Medical and sanitary report of the native army of Bengal for the year
Year: 1875
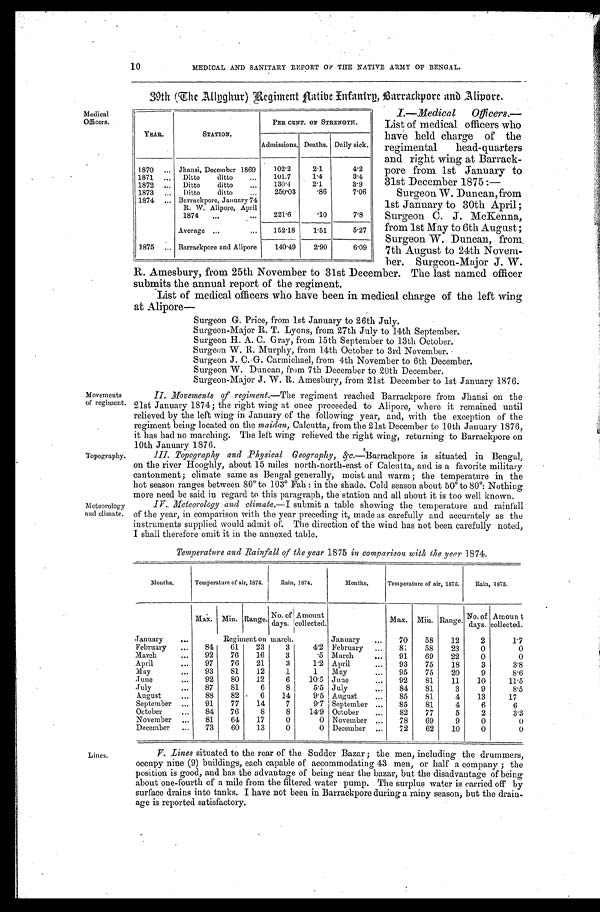
10
MEDICAL AND SANITARY REPORT OF THE NATIVE ARMY OF BENGAL.
39th (The Allpghur) Begiment Flatibe Fntanirp Barrackpore and Alipore.
Medical
Officers.
Movements
of regiment.
Topography.
Meteorology
and climate.
Lines.
I.—Medical Officers.—
List of medical officers who
have held charge of the
regimental head-quarters
and right wing at Barrack
-pore from 1st January to
31st December 1875:—
Surgeon W. Duncan, from
1st January to 30th April;
Surgeon C. J. McKenna,
from 1st May to 6th August;
Surgeon W. Duncan, from
7th August to 24th Novem
-ber. Surgeon-Major J. W.
R. Amesbury, from 25th November to 31st December. The last named officer
submits the annual report of the regiment.
List of medical officers who have been in medical charge of the left wing
at Alipore—
Surgeon G. Price, from 1st January to 26th July.
Surgeon-Major R. T. Lyons, from 27th July to 14th September.
Surgeon H. A. C. Gray, from 15th September to 13th October.
Surgeon W. R. Murphy, from 14th October to 3rd November.
Surgeon J. C. G-. Carmichael, from 4th November to 6th December.
Surgeon W. Duncan, from 7th December to 20th December.
Surgeon-Major J. W. R. Amesbury, from 21st December to 1st January 1876.
II. Movements of regiment.—The
regiment reached Barrackpore from Jhansi on the
21st January 1874; the right wing at once proceeded to Alipore, where it remained until
relieved by the left wing in January of the following year, and, with the exception of the
regiment being located on the m aidan, Calcutta, from the 21st December to 10th January 1876,
it has had no marching. The left wing relieved the right wing, returning to Barrackpore on
10th January 1876.
III. Topography and Physical Geography, &c .—Barrackpore is situated in Bengal,
on the river Hooghly, about 15 miles north-north-east of Calcutta, and is a favorite military
cantonment; climate same as Bengal generally, moist and warm; the temperature in the
hot season ranges between 80° to 103° Fah: in the shade. Cold season about 50° to 80°: Nothing
m o r e n e e d b e s a i d i n r e g a r d t o t h i s
p a r a g r a p h , t h e s t a t i o n a n d a l l a b o u t i t i s t o o w e l l k n o w n .
IV. Meteorology and climate.— I submit a table showing the temperature and rain
f a l l o f t h e y e a r , i n c o m p a r i s o n w i t h t h e y e a r p r e c e d i n g i t , m a d e a s c a r e f u l l y a n d a c c u r a t e l y a s t h e
instruments supplied would admit of. The direction of the wind has not been carefully noted,
I shall therefore omit it in the annexed table.
Temperature and Rainfall of the year 1875 in comparison with, the year 1874.
Mouths.
Temperature of air, 1874.
Rain, 1874.
Months,
Temperature of air, 1875.
Rain, 1875.
Max Min. Range.
N o . o f d a y s .
A m o u n t c o l l e c t e d .
J a n u a r y . . .
Max.
Min.
Range.
No. of
days.
Amount
collected.
January
. . .
Regiment on march.
January
. . .
70
58
12
2
1.7
February . . .
84
61
23
3
4.2
February . . .
8 1
58
23
0
0
March . . .
92
76
16
3
.5
March. . .
91
69
22
0
0
April . . .
97
76
21
3
1.2 April . . .
93
75
18
3
3.8
May
. . .
93
81
12
1
1
May. . .
95
75
20
9
8.6
June
. . .
92
80
12
6
10.5
June . . .
92
81
11
10
11.5
July . . .
87
81
6
8
5.5
J u l y . . .
84
81
3
9
8.5
August . . .
88
82
6
14
9.5
A u g u s t . . .
85
81
4
13
17
S e p t e m b e r . . .
91
77
14
7
9.7
September
. . .
85
81
4
6
6
October
. . .
84
76
8
8
14.9
October
. . .
82
77
5
2
3.3
November
. . .
81
64
17
0
0
November
. . .
78
69
9
0
0
December
. . .
73
60
13
0
0
December
. . .
72
62
10
0
0
V. Lines situated to the rear of the Sudder Bazar; the men, including the drummers,
occupy nine (9) buildings, each capable of accommodating 43 men, or half a company; the
position is good, and has the advantage of being near the bazar, but the disadvantage of being
about one-fourth of a mile from the filtered water pump. The surplus water is carried off by
surface drains into tanks. I have not been in Barrackpore during a rainy season, but the drain
-age is reported satisfactory.
YEAR,
STATION.
PER CENT OF STRENGTH.
Admissions. Deaths. Daily sick.
1870
. . . Jhansi, December 1869
102.2
2.1
4.2
1871
. . .
Ditto ditto. . .
101.7
1.4
3.4
1872
. . .
Ditto ditto
. . .
130.4
2.1
3.9
1873
. . .
Ditto ditto
. . .
250.03
.86
7.06
1874
. . . Barrackpore, January 74
R. W. Alipore, April
1874
. . .
221.6
.10
7.8
Average
. . .
152.18
1.51
5.27
1875
. . . Barrackpore and Alipore
140.49
2.90
6.09